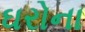
ઘરોના